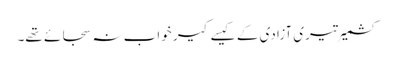
کشمیر تیری آزادی کے کیسے کیر خواب نہ سجائے تھے۔